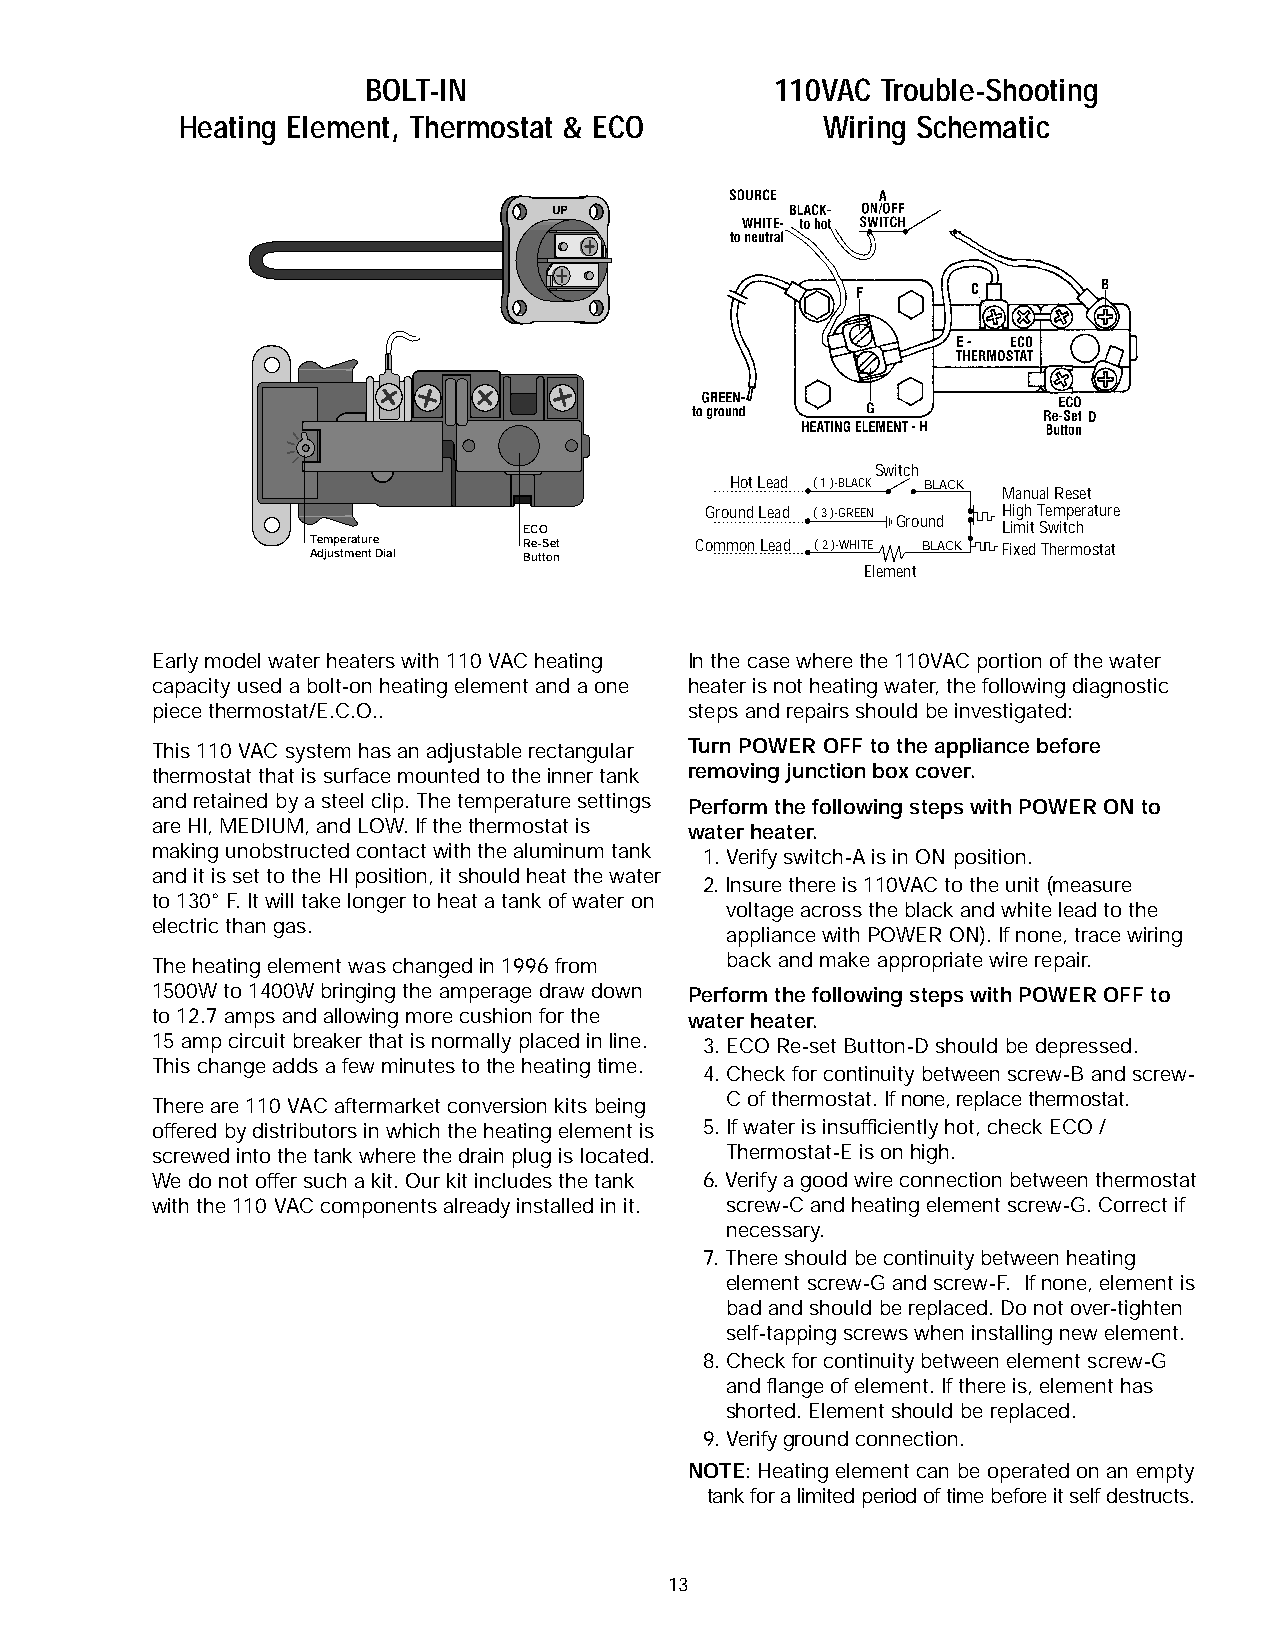
BOLT-IN                    110VAC Trouble-Shooting
 Heating Element, Thermostat & ECO         Wiring Schematic
 UP
 Switch
 Hot Lead ( 1 )-BLACK BLACK
 Manual Reset
 ECO         Ground Lead ( 3 )-GREEN Ground H Lii mgh it T Se wm itp ce hrature
 Temperature   Re-Set     Common Lead ( 2 )-WHITE BLACK Fixed Thermostat
 Adjustment Dial Button
 Element
 Early model water heaters with 110 VAC heating In the case where the 110VAC portion of the water
 capacity used a bolt-on heating element and a one heater is not heating water, the following diagnostic
 piece thermostat/E.C.O..            steps and repairs should be investigated:
 This 110 VAC system has an adjustable rectangular Turn POWER OFF to the appliance before
 thermostat that is surface mounted to the inner tank removing junction box cover.
 and retained by a steel clip. The temperature settings Perform the following steps with POWER ON to
 are HI, MEDIUM, and LOW. If the thermostat is water heater.
 making unobstructed contact with the aluminum tank 1. Verify switch-A is in ON position.
 and it is set to the HI position, it should heat the water
 2. Insure there is 110VAC to the unit (measure
 to 130° F. It will take longer to heat a tank of water on
 voltage across the black and white lead to the
 electric than gas.
 appliance with POWER ON). If none, trace wiring
 The heating element was changed in 1996 from back and make appropriate wire repair.
 1500W to 1400W bringing the amperage draw down Perform the following steps with POWER OFF to
 to 12.7 amps and allowing more cushion for the water heater.
 15 amp circuit breaker that is normally placed in line. 3. ECO Re-set Button-D should be depressed.
 This change adds a few minutes to the heating time.
 4. Check for continuity between screw-B and screw-
 C of thermostat. If none, replace thermostat.
 There are 110 VAC aftermarket conversion kits being
 offered by distributors in which the heating element is 5. If water is insufficiently hot, check ECO /
 screwed into the tank where the drain plug is located. Thermostat-E is on high.
 We do not offer such a kit. Our kit includes the tank 6. Verify a good wire connection between thermostat
 with the 110 VAC components already installed in it. screw-C and heating element screw-G. Correct if
 necessary.
 7. There should be continuity between heating
 element screw-G and screw-F. If none, element is
 bad and should be replaced. Do not over-tighten
 self-tapping screws when installing new element.
 8. Check for continuity between element screw-G
 and flange of element. If there is, element has
 shorted. Element should be replaced.
 9. Verify ground connection.
 NOTE: Heating element can be operated on an empty
 tank for a limited period of time before it self destructs.
 13